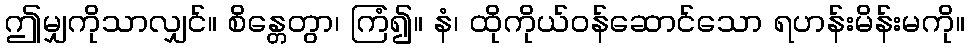
ဤမျှကိုသာလျှင်။ စိန္တေတွာ၊ ကြံ၍။ နံ၊ ထိုကိုယ်ဝန်ဆောင်သော ရဟန်းမိန်းမကို။